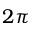
2 \pi